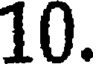
10.